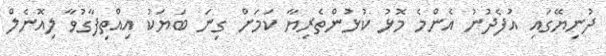
ދުނިޔޭގައި އުފެދުނު އެންމެ މޮޅު ކުޅުންތެރިޔާ ކަމަށް ގިނަ ބަޔަކު އިއްތިފާގުވާ ލިއޮނެލް